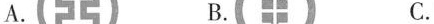
A. B. C.